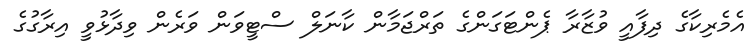
އެމެރިކާގެ ދިފާއީ ވުޒާރާ ޕެންޓަގަންގެ ތަރްޖަމާން ކާނަލް ސްޓީވަން ވަރެން ވިދާޅުވީ އިރާގުގެ